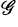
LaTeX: ^{\mathscr{G}}